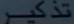
\mathcal{A}_{\mathrm{